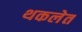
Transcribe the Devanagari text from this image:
थकलेत